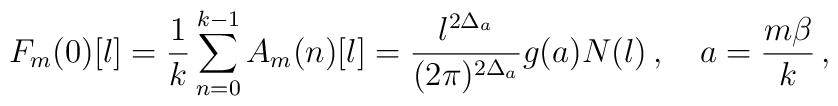
F_m(0)[l]=\frac{1}{k}\sum\limits_{n=0}^{k-1}A_m(n)[l]=\frac{l^{2\Delta_a}}{(2\pi)^{2\Delta_a}}g(a)N(l)\,,\quad a=\frac{m\beta}{k}\,,